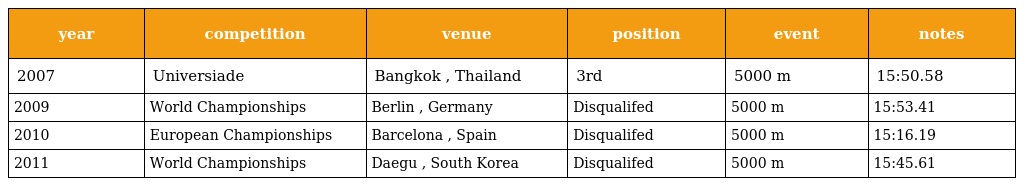
| year | competition | venue | position | event | notes |
 | --- | --- | --- | --- | --- | --- |
 | 2007 | Universiade | Bangkok , Thailand | 3rd | 5000 m | 15:50.58 |
 | 2009 | World Championships | Berlin , Germany | Disqualifed | 5000 m | 15:53.41 |
 | 2010 | European Championships | Barcelona , Spain | Disqualifed | 5000 m | 15:16.19 |
 | 2011 | World Championships | Daegu , South Korea | Disqualifed | 5000 m | 15:45.61 |